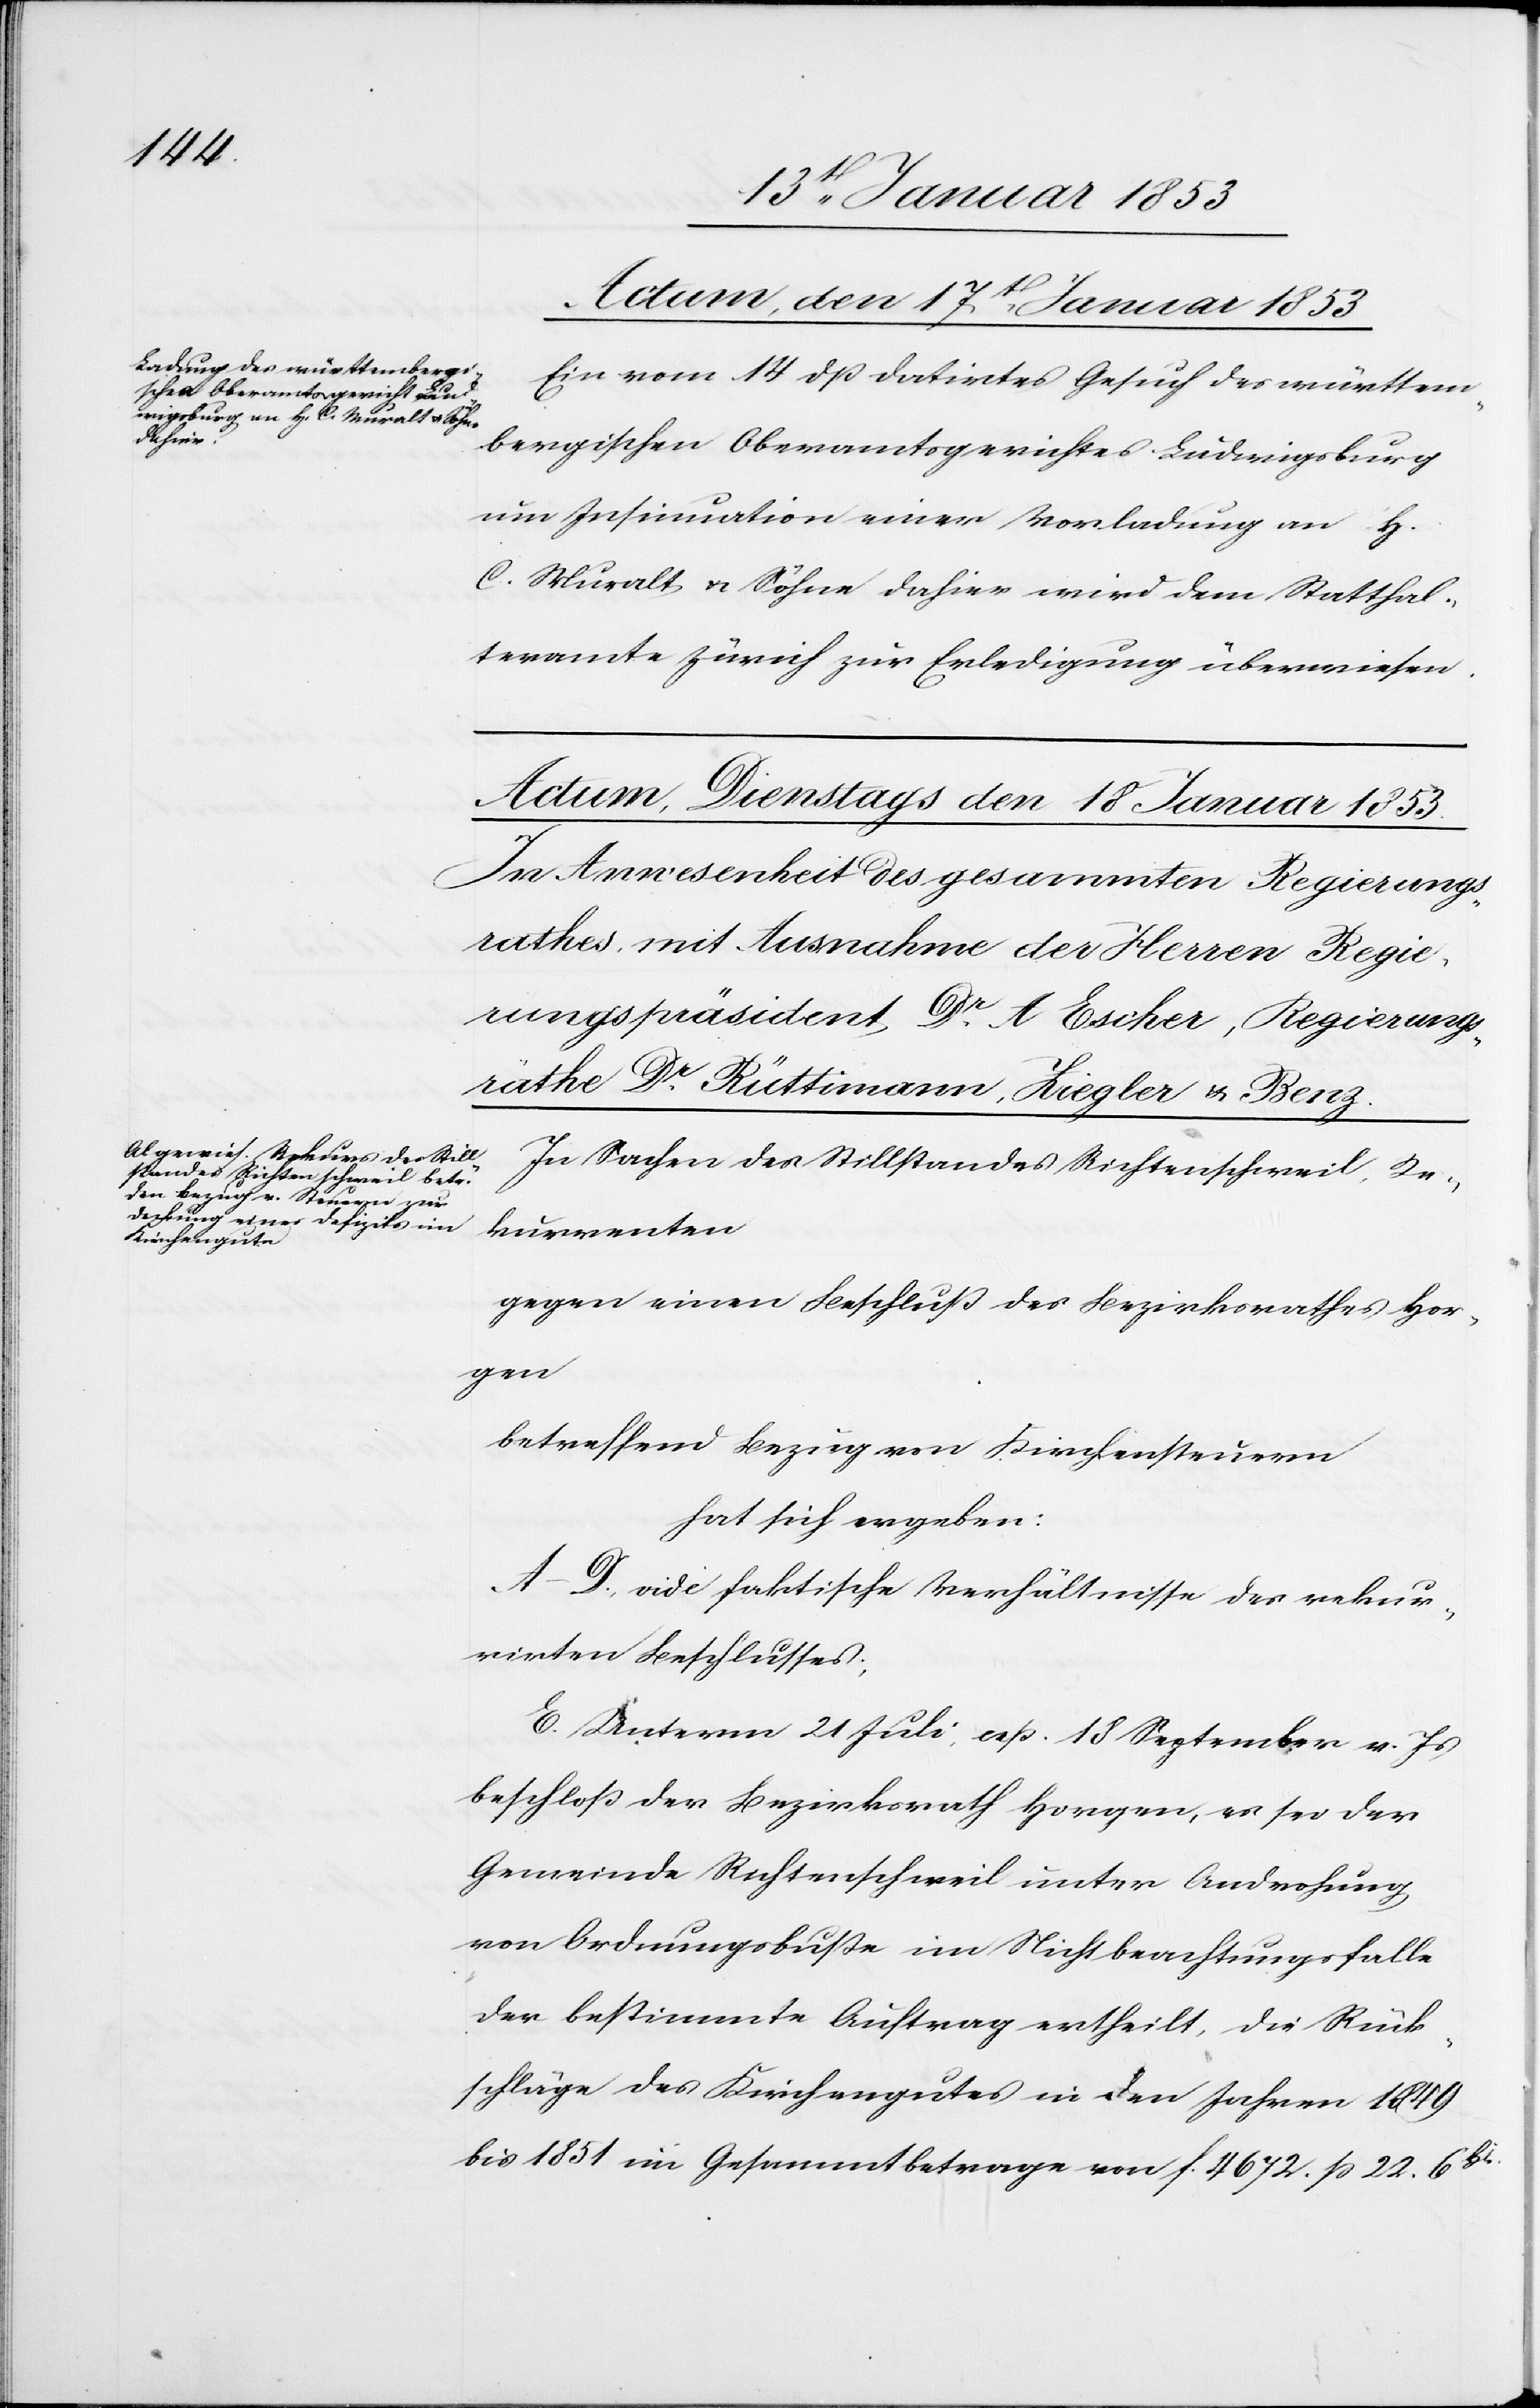
Actum, den 17t. Januar 1853
Ein vom 14 dß datirtes Gesuch des württem¬
bergischen Oberamtsgerichtes Ludwigsburg
um Insinuation einer Vorladung an H.
C. Muralt u. Söhne dahier wird dem Statthal¬
teramte Zürich zur Erledigung überwiesen.
In Sachen des Stillstandes Richterschweil, Re¬
kurrenten
betreffend Bezug von Kirchensteuer
hat sich ergeben:
A–D. vide faktische Verhältnisse des rekur¬
rirten Beschlusses:
E. Unterm 21 Juli resp. 18 September v. Js.
beschloss der Bezirksrath Horgen, es sei der
Gemeinde Richterschweil unter Androhung
von Ordnungsbuße im Nichtbeachtungsfalle
der bestimmte Auftrag ertheilt, die Rück¬
schläge des Kirchengutes in den Jahren 1849
bis 1851 im Gesammtbetrage von f. 4672. ß 22. 6 Hlr.